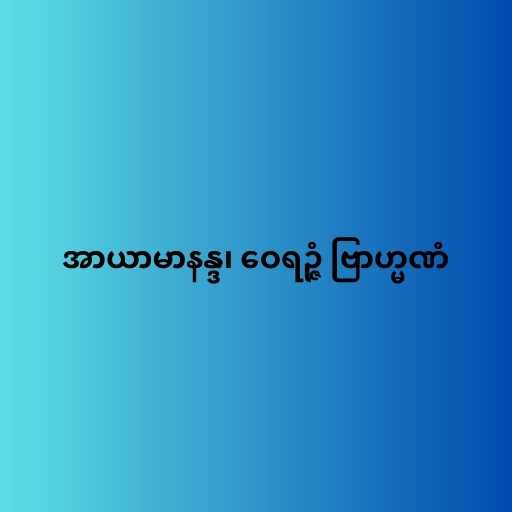
အာယာမာနန္ဒ၊ ဝေရဉ္ဇံ ဗြာဟ္မဏံ